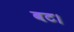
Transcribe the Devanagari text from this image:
बट।